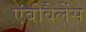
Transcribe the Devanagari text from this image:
एंबीवैलेंस